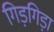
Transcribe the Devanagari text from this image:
गिड़गिड़ा